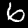
Digit: 6